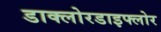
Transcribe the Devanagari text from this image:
डाक्लोरडाइफ्लोर